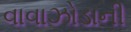
વાવાઝોડાની